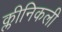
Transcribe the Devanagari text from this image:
क्लीनिकली